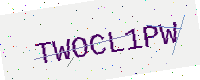
Text: TWOCL1PW